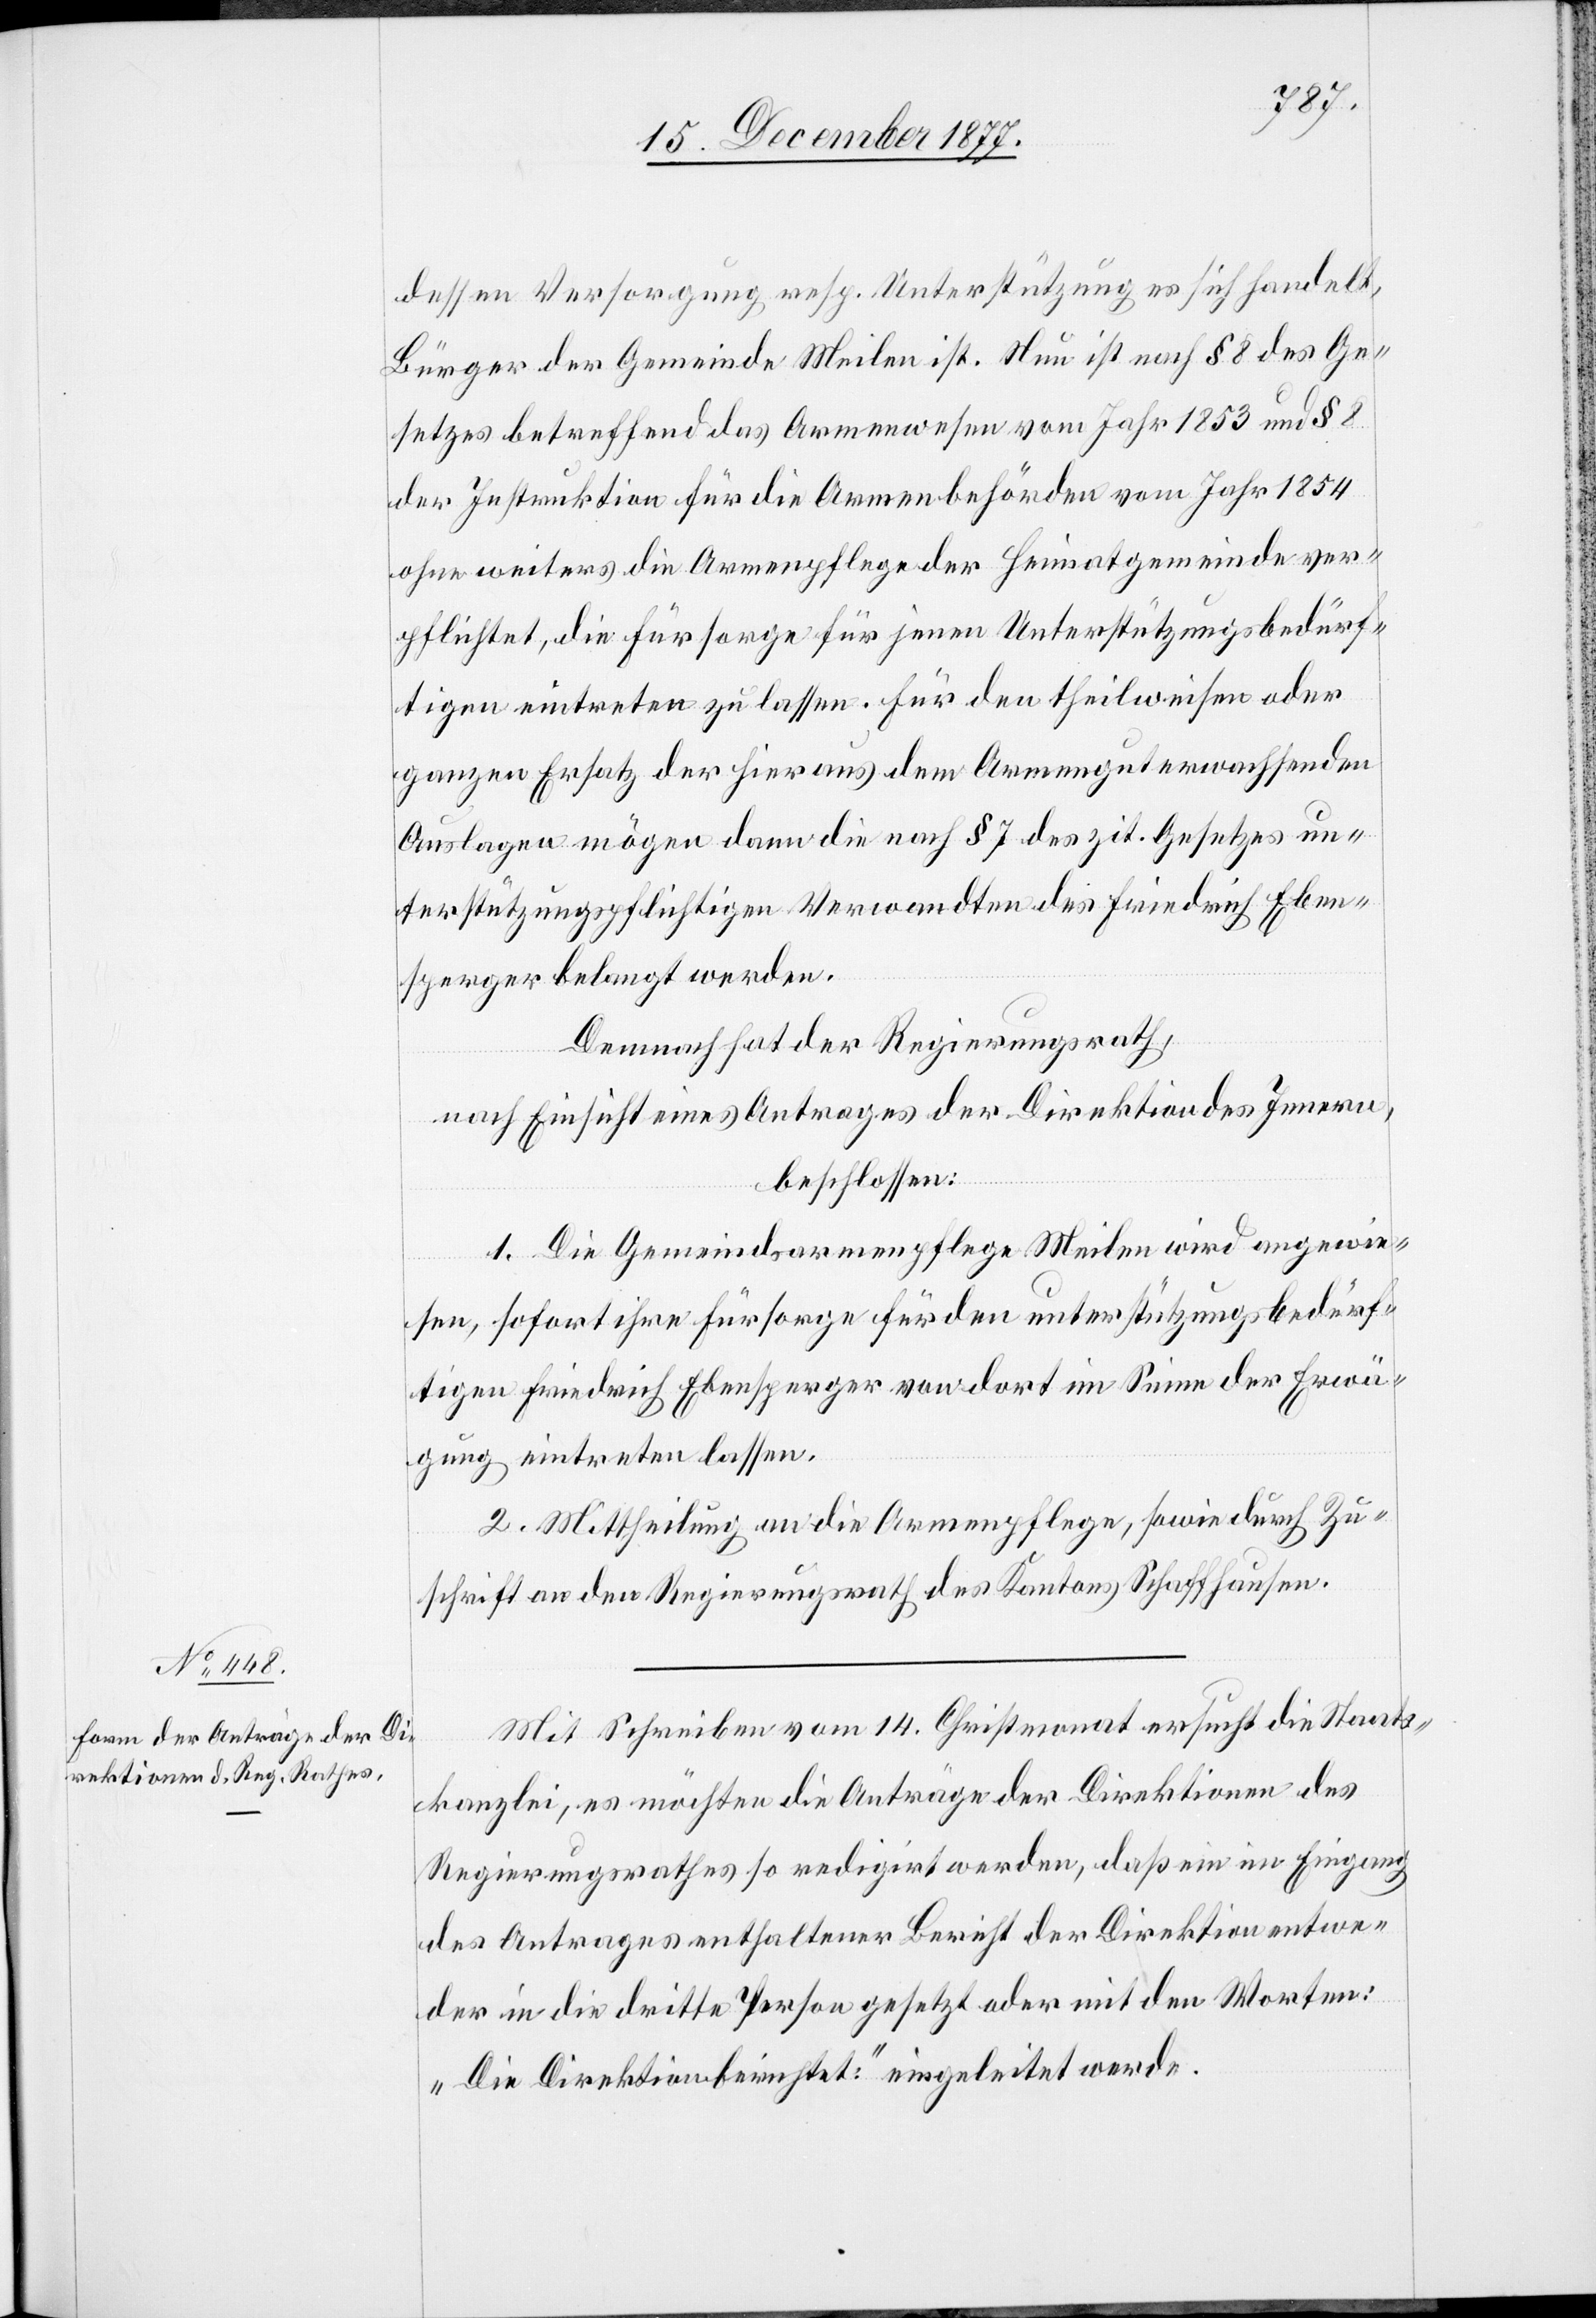
dessen Versorgung resp. Unterstützung es sich handelt,
Bürger der Gemeinde Meilen ist. Nun ist nach § 8 des Ge¬
setzes betreffend das Armenwesen vom Jahr 1853 und § 8
der Instruktion für die Armenbehörden vom Jahr 1854
ohne weiters die Armenpflege der Heimatgemeinde ver¬
pflichtet, die Fürsorge für jenen Unterstützungsbedürf¬
tigen eintreten zu lassen. Für den theilweisen oder
ganzen Ersatz der hieraus dem Armengut erwachsenden
Auslagen mögen dann die nach § 7 des zit. Gesetzes un¬
terstützungspflichtigen Verwandten des Friedrich Eben¬
sperger belangt werden.
Demnach hat der Regierungsrath,
nach Einsicht eines Antrages der Direktion des Innern,
beschlossen:
1. Die Gemeindsarmenpflege Meilen wird angewie¬
sen, sofort ihre Fürsorge für den unterstützungsbedürf¬
tigen Friedrich Ebensperger von dort im Sinne der Erwä¬
gung eintreten [zu] lassen.
2. Mittheilung an die Armenpflege, sowie durch Zu¬
schrift an den Regierungsrath des Kantons Schaffhausen.
Mit Schreiben vom 14. Christmonat ersucht die Staats¬
kanzlei, es möchten die Anträge der Direktionen des
Regierungsrathes so redigirt werden, daß ein im Eingang
des Antrages enthaltener Bericht der Direktion entwe¬
der in die dritte Person gesetzt oder mit den Worten:
„Die Direktion berichtet:“ eingeleitet werde.